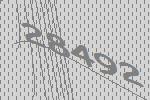
28492